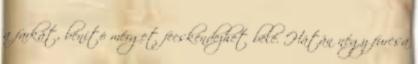
a farkát, bénító mérget fecskendezhet belé. Hátán négy furcsa